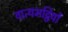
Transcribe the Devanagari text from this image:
वात्यभट्ठियों